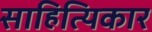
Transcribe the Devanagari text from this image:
साहित्यिकार